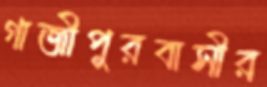
গাজীপুরবাসীর